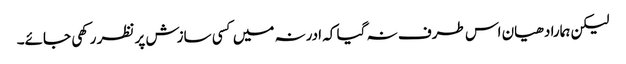
لیکن ہمارا دھیان اس طرف نہ گیا کہ ادرنہ میں کسی سازش پر نظر رکھی جائے۔